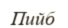
Пийб